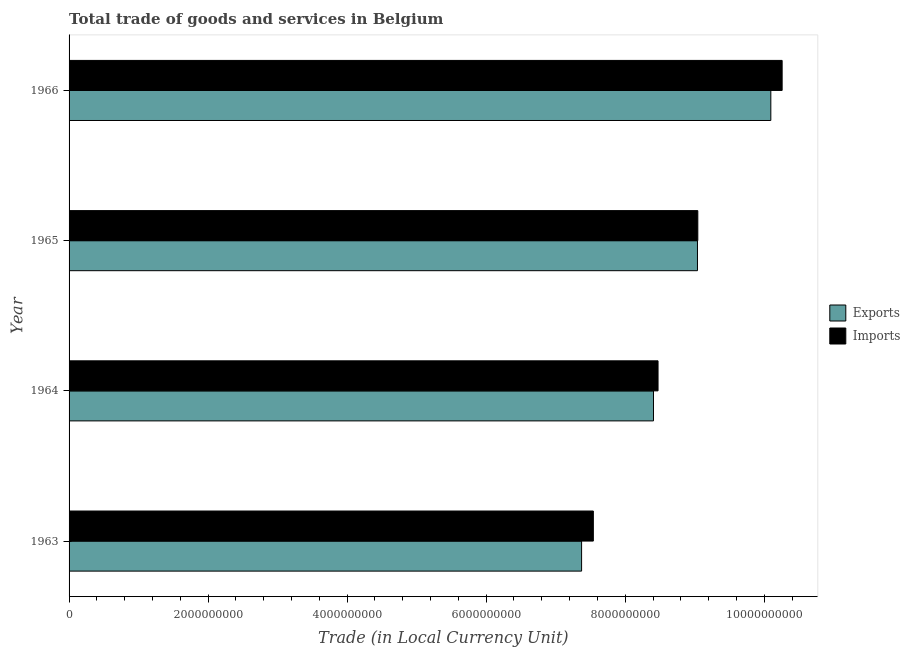
| Year | Exports | Imports |
 | --- | --- | --- |
 | 1963 | 7.37e+09 | 7.54e+09 |
 | 1964 | 8.41e+09 | 8.47e+09 |
 | 1965 | 9.04e+09 | 9.04e+09 |
 | 1966 | 1.01e+10 | 1.03e+10 |